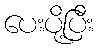
ပေးပို့ပြီး